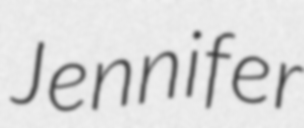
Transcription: Jennifer